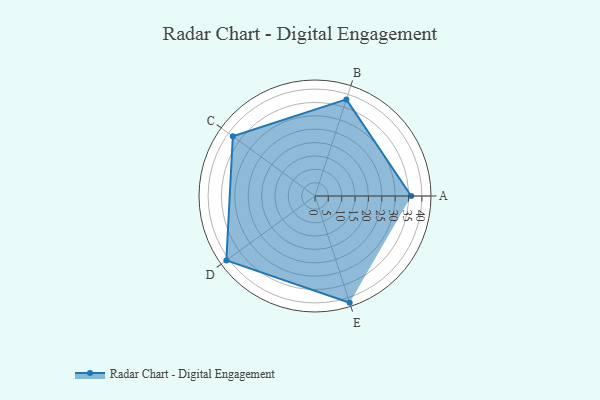
{"axis": {"x": "Skill", "y": "Score"}, "legend": ["Profile"], "data": [{"x": "A", "y": 36.0, "type": "Profile"}, {"x": "B", "y": 38.0, "type": "Profile"}, {"x": "C", "y": 38.0, "type": "Profile"}, {"x": "D", "y": 41.0, "type": "Profile"}, {"x": "E", "y": 42.0, "type": "Profile"}]}